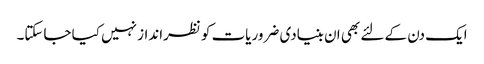
ایک دن کے لئے بھی ان بنیادی ضروریات کو نظرانداز نہیں کیا جاسکتا۔